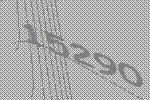
15290